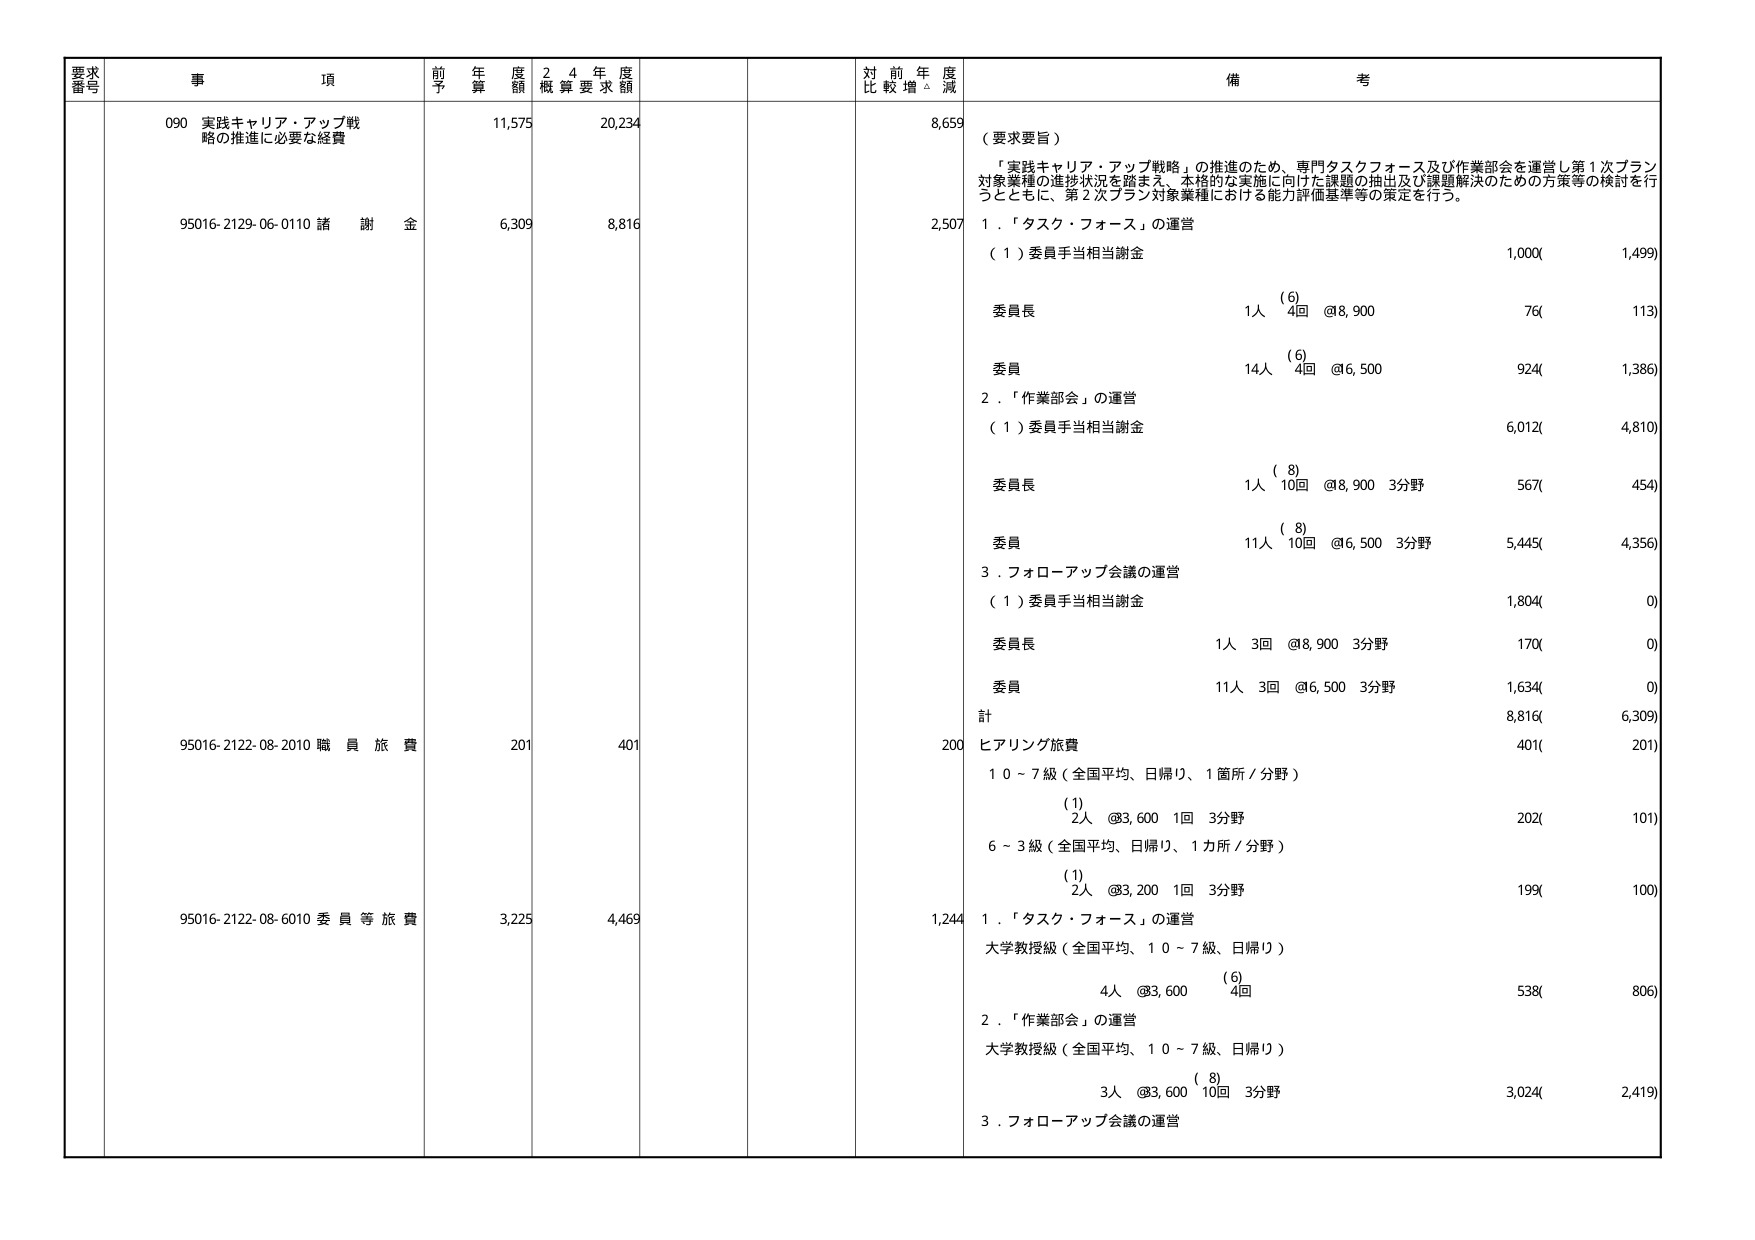
要求番号 事項 前年度額 24年度概算要求額 対前年度比較増減 備考
090 実践キャリア・アップ戦略の推進に必要な経費 11,575 20,234 8,659 （要求要旨）「実践キャリア・アップ戦略」の推進のため、専門タスクフォース及び作業部会を運営し第1次プラン対象業種の進捗状況を踏まえ、本格的な実施に向けた課題の抽出及び課題解決のための方策等の検討を行うとともに、第2次プラン対象業種における能力評価基準等の策定を行う。
95016-2129-06-0110 諸謝金 6,309 8,816 2,507 1．「タスク・フォース」の運営（1）委員手当相当謝金 1,000( 1,499) 委員長 1人 (6) 4回 @8,900 76( 113) 委員 14人 (6) 4回 @6,500 924( 1,386) 2．「作業部会」の運営（1）委員手当相当謝金 6,012( 4,810) 委員長 1人 (8) 10回 @8,900 3分野 567( 454) 委員 11人 (8) 10回 @6,500 3分野 5,445( 4,356) 3．フォローアップ会議の運営（1）委員手当相当謝金 1,804( 0) 委員長 1人 3回 @8,900 3分野 170( 0) 委員 11人 3回 @6,500 3分野 1,634( 0) 計 8,816( 6,309)
95016-2122-08-2010 職員旅費 201 401 200 ヒアリング旅費 10～7級（全国平均、日帰り、1箇所／分野） (1) 2人 @3,600 1回 3分野 202( 101) 6～3級（全国平均、日帰り、1カ所／分野） (1) 2人 @3,200 1回 3分野 199( 100)
95016-2122-08-6010 委員等旅費 3,225 4,469 1,244 1．「タスク・フォース」の運営 大学教授級（全国平均、10～7級、日帰り） 4人 @3,600 (6) 4回 538( 806) 2．「作業部会」の運営 大学教授級（全国平均、10～7級、日帰り） 3人 @3,600 (8) 10回 3分野 3,024( 2,419) 3．フォローアップ会議の運営